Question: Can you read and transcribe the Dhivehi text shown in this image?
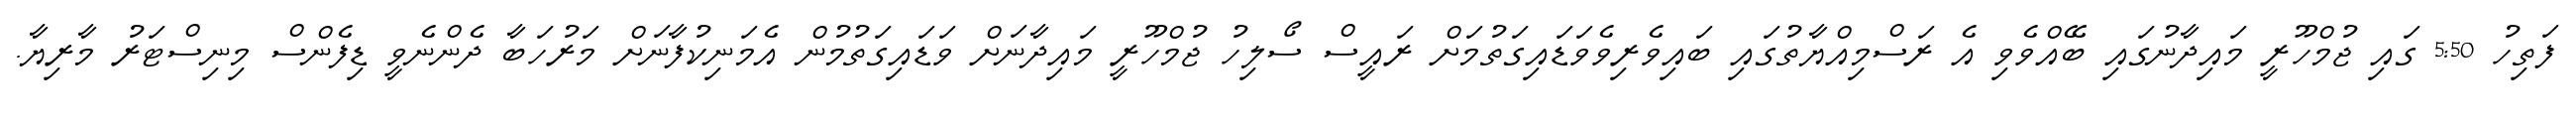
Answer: ފަތިހު 5:50 ގައި ޖުމްހޫރީ މައިދާނުގައި ބޭއްވެވި އެ ރަސްމިއްޔާތުގައި ބައިވެރިވެވަޑައިގަތުމަށް ރައީސް ސޯލިހު ޖުމްހޫރީ މައިދާނަށް ވަޑައިގަތުމުން އެމަނިކުފާނަށް މަރުހަބާ ދެންނެވީ ޑިފެންސް މިނިސްޓަރު މާރިޔާ.